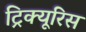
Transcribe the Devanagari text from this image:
ट्रिक्यूरिस